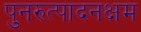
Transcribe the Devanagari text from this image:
पुनरुत्पादनक्षम